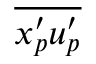
\overline { { x _ { p } ^ { \prime } u _ { p } ^ { \prime } } }